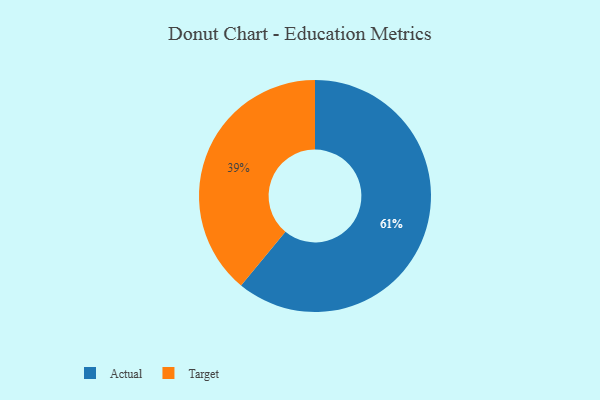
{"axis": {"x": "Category", "y": "Percentage"}, "legend": ["Actual", "Target"], "data": [{"x": "Actual", "y": 61, "type": "Actual"}, {"x": "Target", "y": 39, "type": "Target"}]}